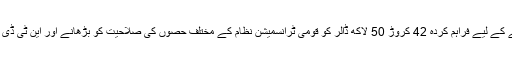
عالمی بینک کی جانب سے جدید قومی ٹرانسمیشن ( فیز 1) منصوبے کے لیے فراہم کردہ 42 کروڑ 50 لاکھ ڈالر کو قومی ٹرانسمیشن نظام کے مختلف حصوں کی صلاحیت کو بڑھانے اور این ٹی ڈی سی کے کاروباری عمل کو جدید بنانے کے لیے ڈیزائن کیا گیا ہے۔